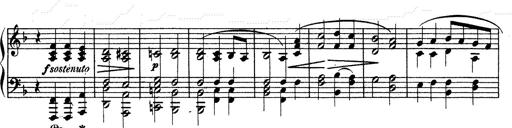
Title: Ave Maria d' Arcadelt
Composer: Franz Liszt